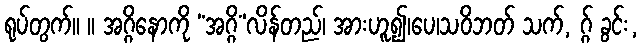
ရုပ်တွက်။ ။ အဂ္ဂိနောကို “အဂ္ဂိ”လိန်တည်၊ အားဟူ၍၊ပေ၊သဝိဘတ် သက်, ဂ္ဂ် ခွင်း,